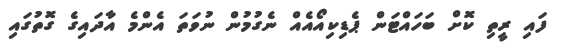
ފައި ރީތި ކޮށް ބަހައްޓަން ޕެޑިކިއޯއެއް ނެގުމުން ނުވަތަ އެންމެ އާދައިގެ ގޮތުގައި